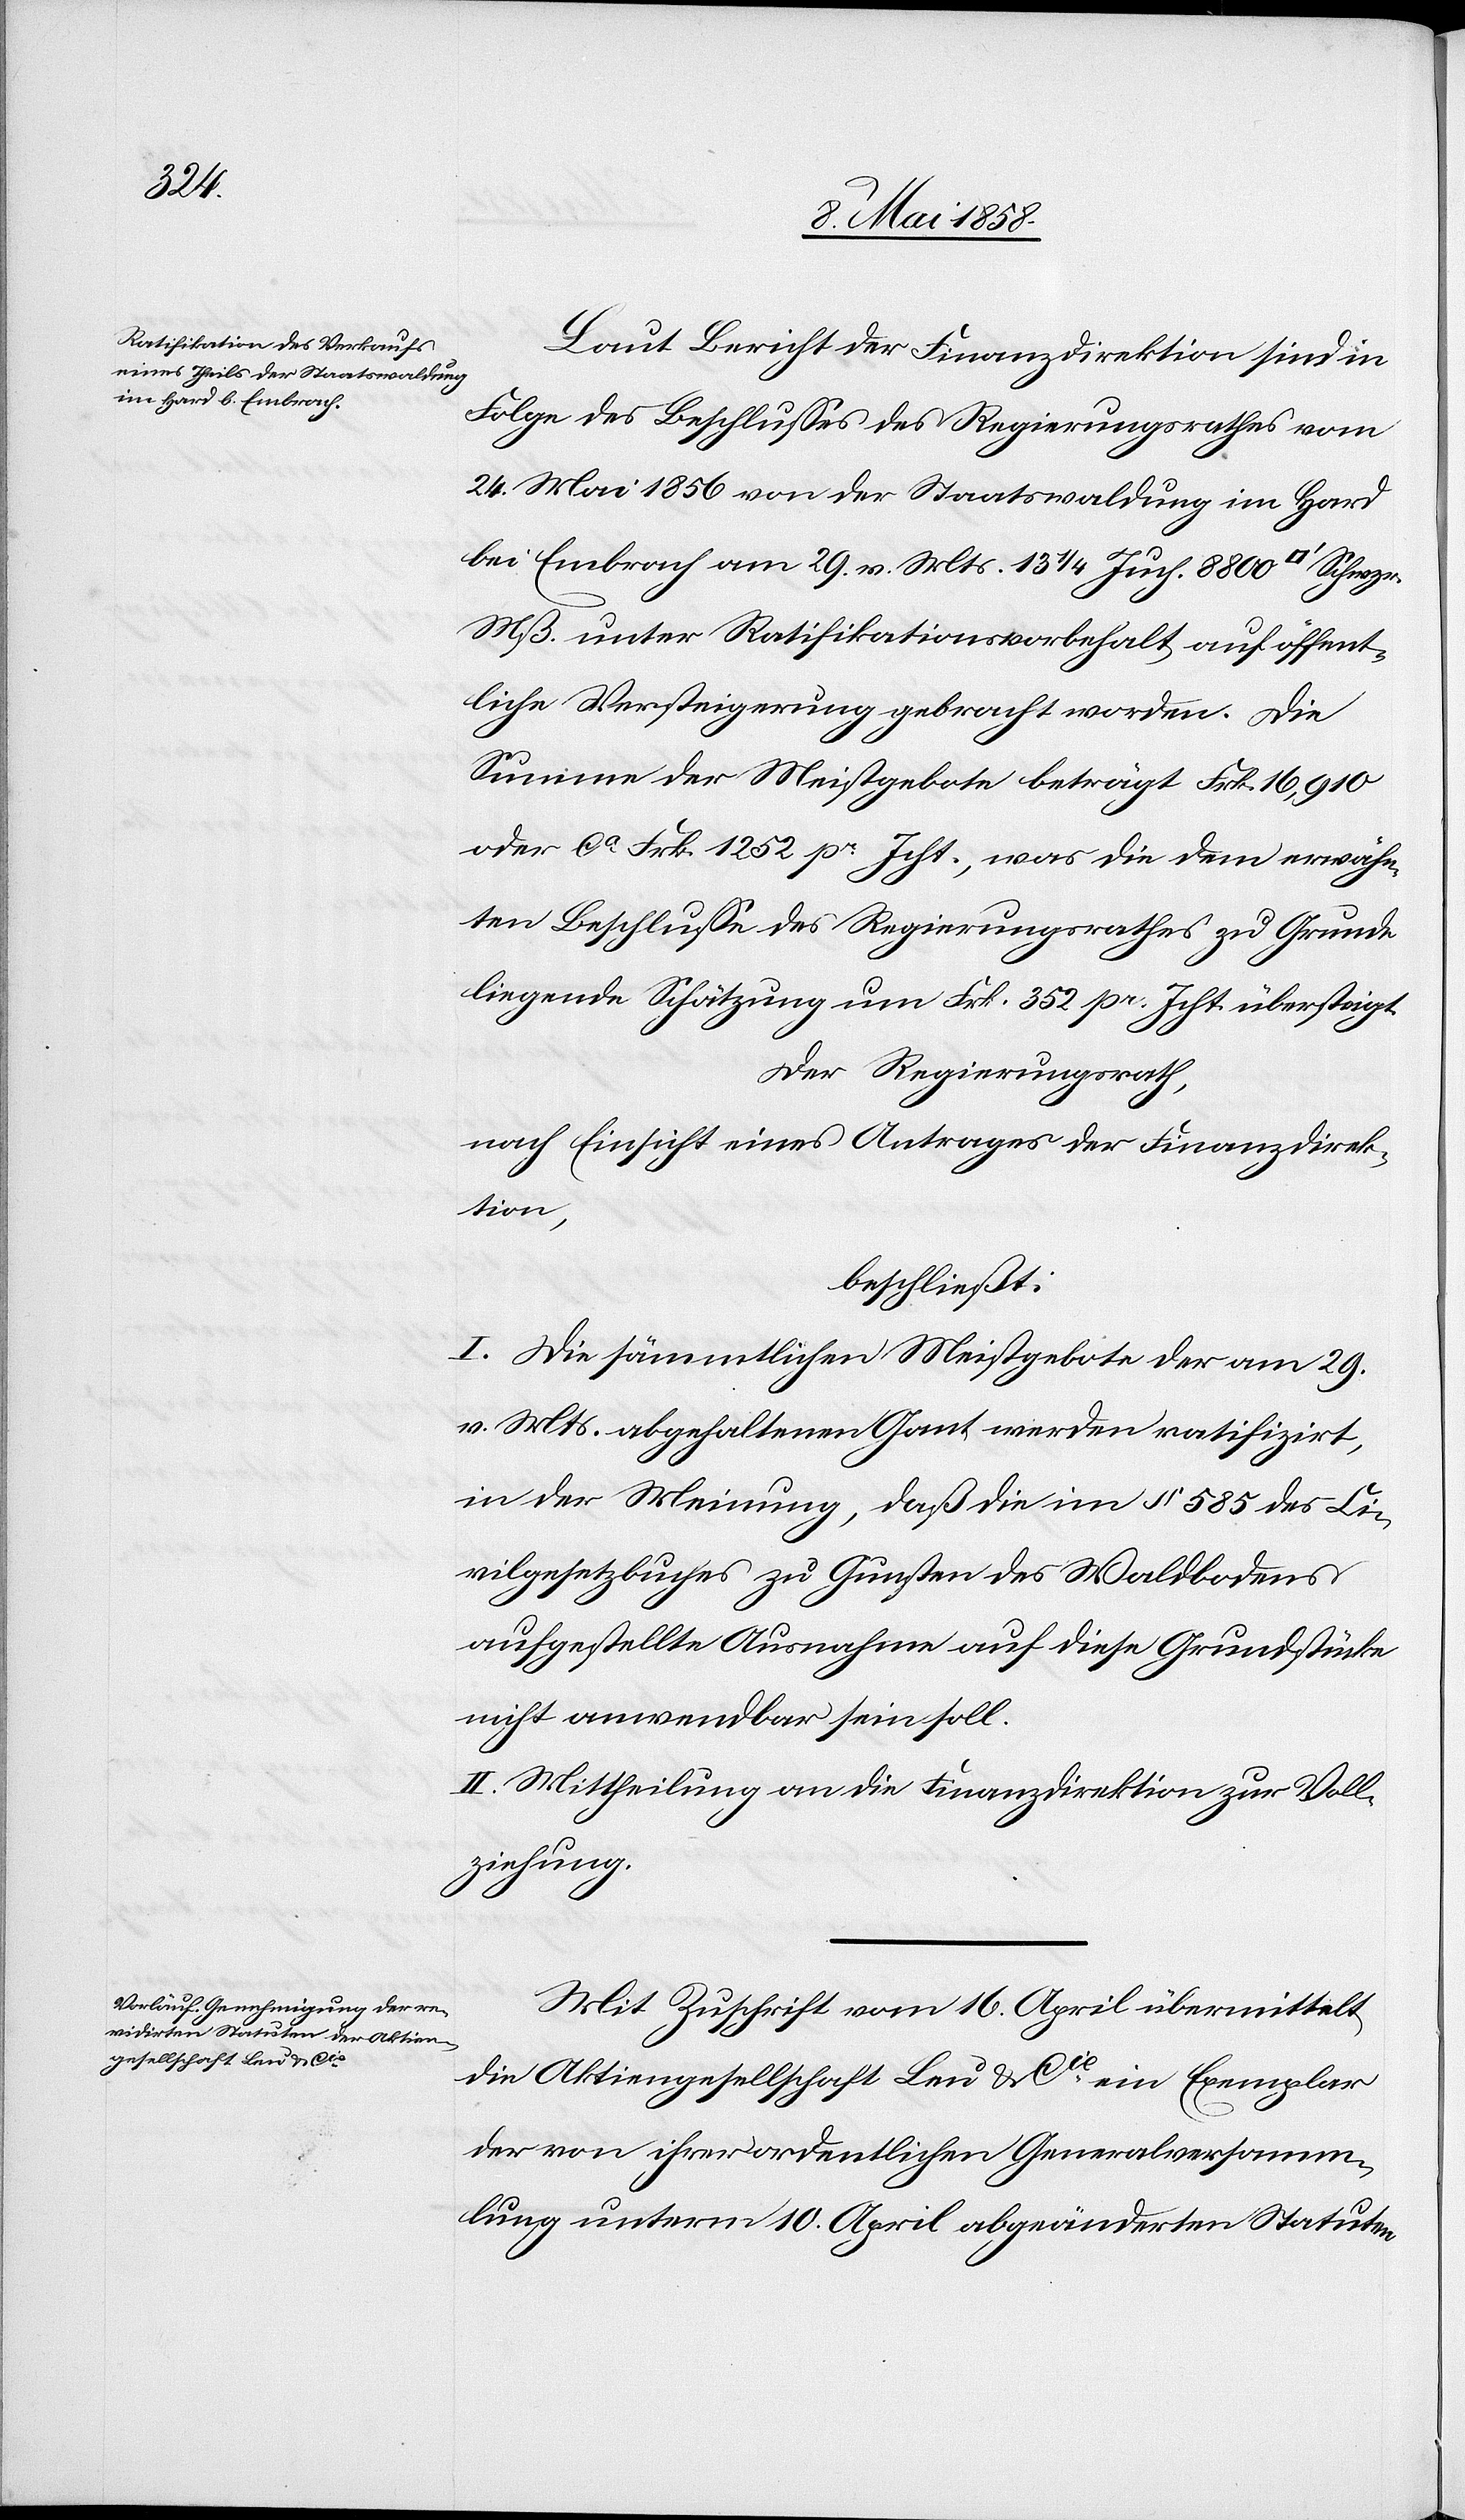
Laut Bericht der Finanzdirektion sind in
Folge des Beschlusses des Regierungsrathes vom
24. Mai 1856 von der Staatswaldung im Hard
bei Embrach am 29. v. Mts. 13 1/4 Juch. 8800 [Quadratfuß]
Mß. unter Ratifikationsvorbehalt auf öffent¬
liche Versteigerung gebracht worden. Die
Summe der Meistgebote beträgt Frk. 16,910
oder ca Frk. 1252 pr Jcht., was die dem erwähn¬
ten Beschlusse des Regierungsrathes zu Grunde
liegende Schätzung um Frk. 352 pr. Jcht. übersteigt.
Der Regierungsrath,
nach Einsicht eines Antrages der Finanzdirek¬
tion,
beschließt:
I. Die sämmtlichen Meistgebote der am 29.
v. Mts. abgehaltenen Gant werden ratifizirt,
in der Meinung, daß die im § 585 des Ci¬
vilgesetzbuches zu Gunsten des Waldbodens
aufgestellte Ausnahme auf diese Grundstücke
nicht anwendbar sein soll.
II. Mittheilung an die Finanzdirektion zur Voll¬
ziehung.
Mit Zuschrift vom 16. April übermittelt
die Aktiengesellschaft Leu & Cie ein Exemplar
der von ihrer ordentlichen Generalversamm¬
lung unterm 10. April abgeänderten Statuten